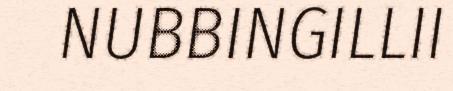
NUBBINGILLII